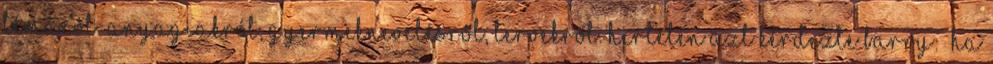
témáról: anyagiakról, gyermeknevelésről, tervekről. Hirtelen azt kérdezte Barry: „Ha